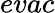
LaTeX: evac